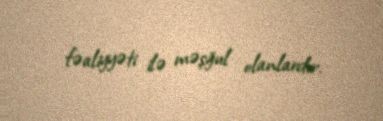
fəaliyyəti ilə məşğul olanlardır.